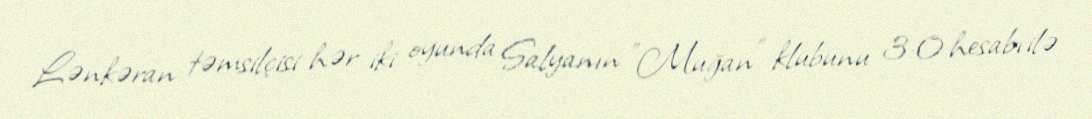
Lənkəran təmsilçisi hər iki oyunda Salyanın "Muğan" klubunu 3:0 hesabı ilə